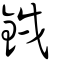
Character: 銊